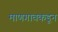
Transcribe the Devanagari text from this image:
माणगावकडून